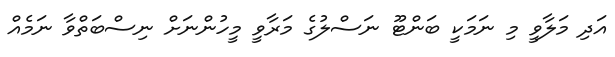
އަދި މަލާވީ މި ނަމަކީ ބަންޓޫ ނަސްލުގެ މަރާވީ މީހުންނަށް ނިސްބަތްވާ ނަމެއް